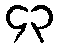
၄၃